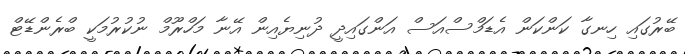
ބޭރުގައި ހިނގާ ކަންކަން އެޑަމްސްއަސް އަންގައިދީ ދުނިޔެއިން އޭނާ މަހްރޫމް ނުކުރުމަކީ ބްރެންޑޭޓް